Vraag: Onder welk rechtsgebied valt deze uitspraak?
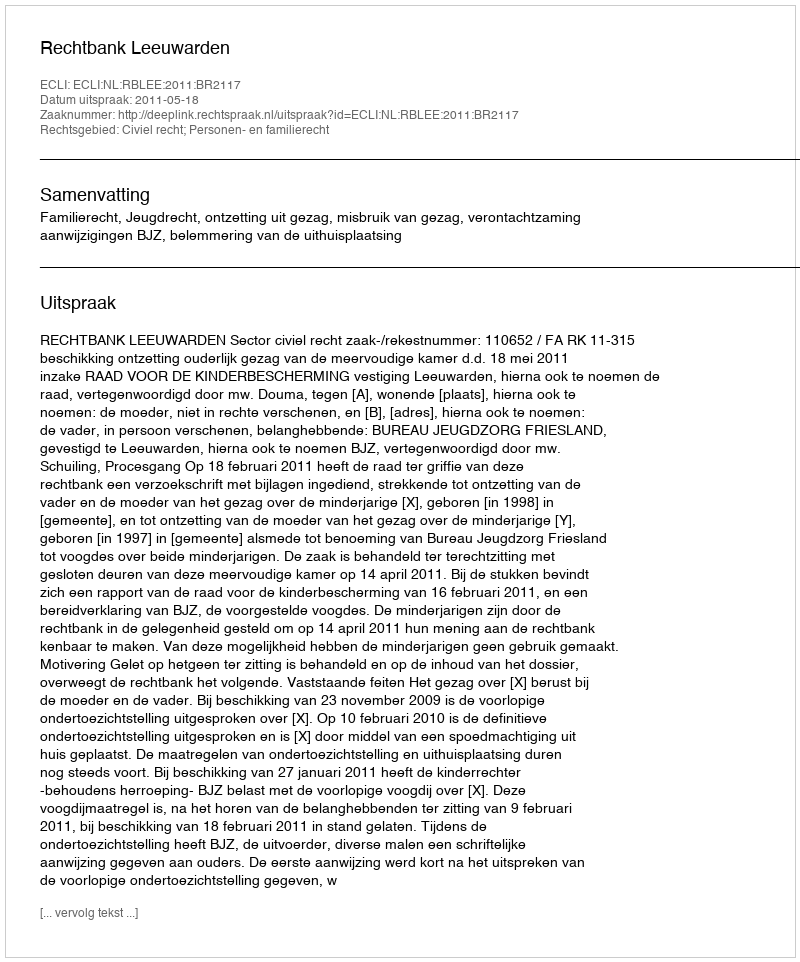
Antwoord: Civiel recht; Personen- en familierecht